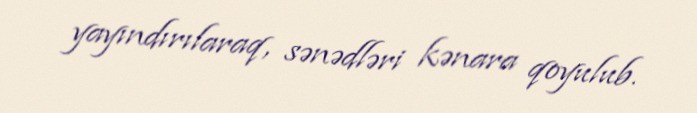
yayındırılaraq, sənədləri kənara qoyulub.